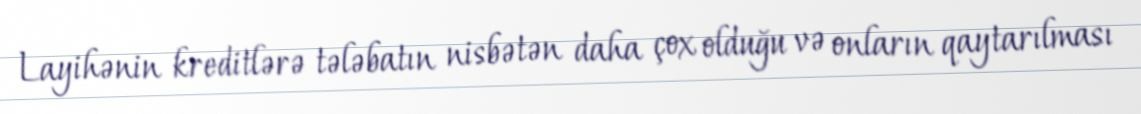
Layihənin kreditlərə tələbatın nisbətən daha çox olduğu və onların qaytarılması